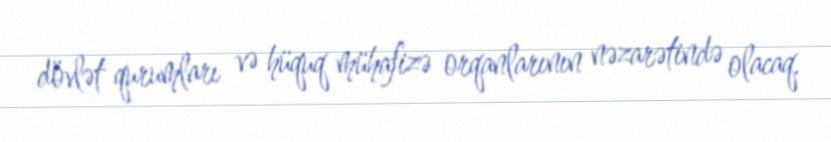
dövlət qurumları və hüquq mühafizə orqanlarının nəzarətində olacaq.